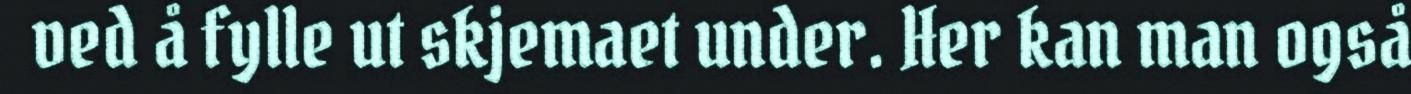
ved å fylle ut skjemaet under. Her kan man også